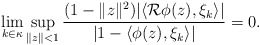
\begin{align*}\lim_{k\in \kappa}\sup_{\|z\|< 1} \frac{(1-\|z\|^2)|\langle\mathcal R \phi(z),\xi_k\rangle |}{|1-\langle\phi(z),\xi_k\rangle|}=0.\end{align*}